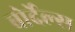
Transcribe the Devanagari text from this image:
बोर्देल्स